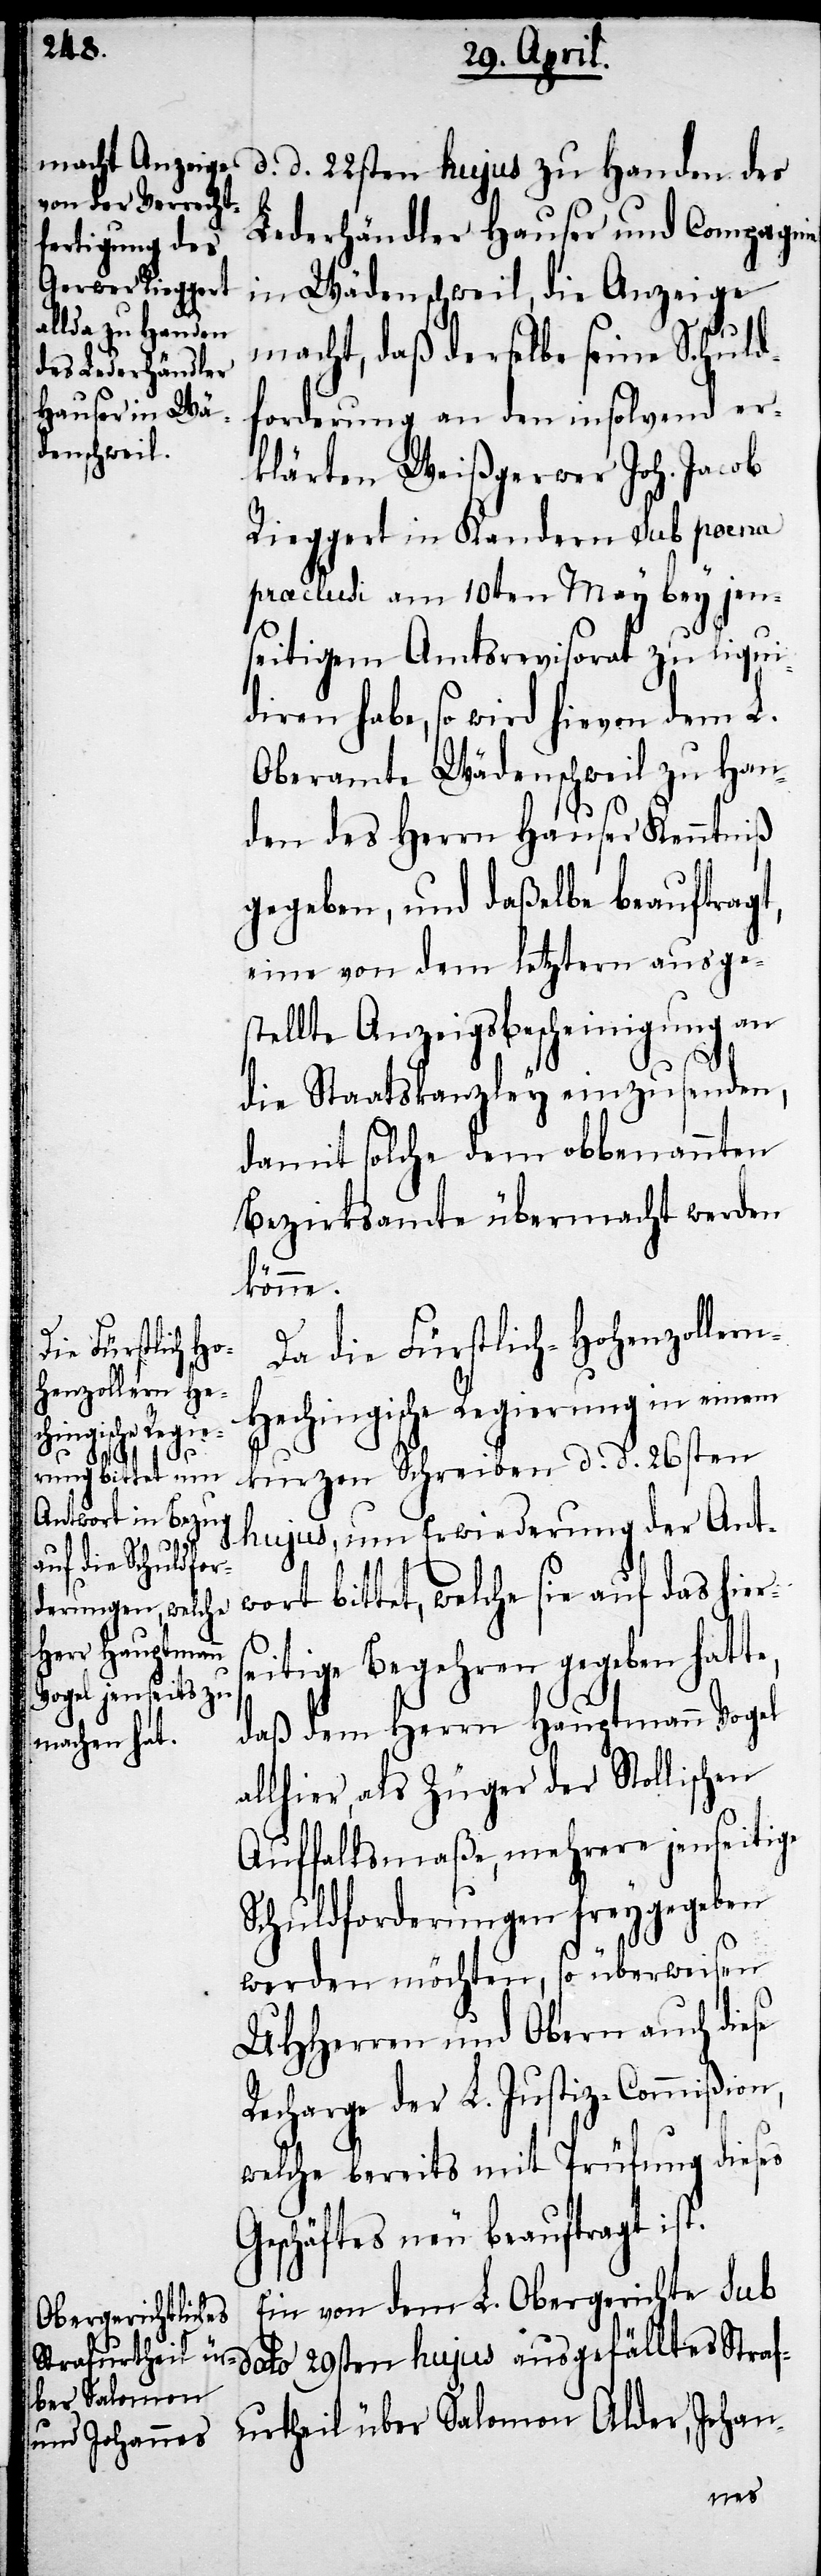
s¬

d. d. 22sten hujus zu Handen der
Lederhändler Hauser und Compagnie
in Wädenschweil, die Anzeige
macht, daß derselbe seine Schuld¬
forderung an den insolvend er¬
klärten Weißgerwer Joh. Jacob
Rieggert in Kandern sub poena
praclusi am 10ten Mey bey jen¬
seitigem Amtsrevisorat zu liqui¬
diren habe, so wird hievon dem L.
Oberamte Wädenschweil zu Han¬
den des Herrn Hauser Kenntniß
gegeben, und daßelbe beauftragt,
eine von dem letztern ausge¬
stellte Anzeigsbescheinigung an
die Statskanzley einzusenden,
damit solche dem obbenannten
Bezirksamte übermacht werden
könne.
Da die Fürstlich-Hohenzoller¬
n-Hechingische Regierung in einem
kurzen Schreiben d. d. 26sten
hujus, um Erwiederung der Antw¬
ort bittet, welche sie auf das hier¬
eitige Begehren gegeben hatte,
daß dem Herrn Hauptmann Vogel
allhier, als Züger der Stollischen
Auffallsmaße mehrere jenseitige
Schuldforderungen freygegeben
werden möchten, so überwiesen
UHHerren und Obern auch diese
Recharge der L. Justiz-Commißion,
welche bereits mit Prüfung dieses
Geschäftes neu beauftragt ist.
Ein von dem L. Obergerichte sub
dato 29sten hujus ausgefälltes Straf¬
urtheil über Salomon Alder, Johan-